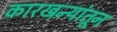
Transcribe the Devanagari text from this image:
कारखन्यांतून